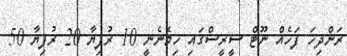
ރަންދިހަ ފަހެއް ނޫޓް ސީރީސްގައި ހިމެނެނީ 10 ރުފިޔާ 20 ރުފިޔާ 50